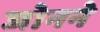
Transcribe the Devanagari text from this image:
जोनने